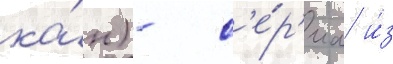
ка́н) - с'е́р'иа и́з